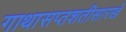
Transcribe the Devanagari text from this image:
गाथासप्तशतीसारखे